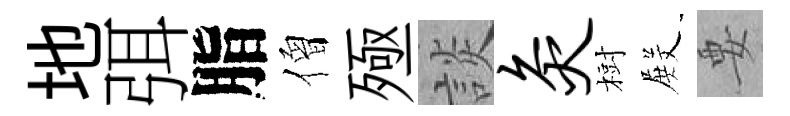
地弭脂僧殛談灸𣗳𭮺要